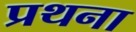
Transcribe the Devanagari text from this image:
प्रथना